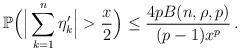
LaTeX: \begin{align*}{\mathbb P} \Big( \Big |\sum_{k=1}^n \eta'_k \Big | > \frac x 2\Big) \leq \frac{4p B(n, \rho, p)}{(p-1)x^p} \, .\end{align*}